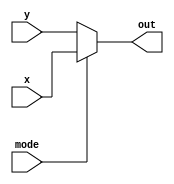
`timescale 1ns / 1ps
//////////////////////////////////////////////////////////////////////////////////
// Company: 
// Engineer: 
// 
// Design Name: 
// Module Name: mux
// Project Name: 
// Target Devices: 
// Tool Versions: 
// Description: 
// 
// Dependencies: 
// 
// Revision:
// Revision 0.01 - File Created
// Additional Comments:
// 
//////////////////////////////////////////////////////////////////////////////////


module mux(
    input mode,
    input [6:0] x,
    input [6:0] y,
    output [6:0] out
    );
    
    assign out = mode ? x:y;
endmodule